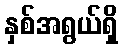
နှစ်အရွယ်ရှိ